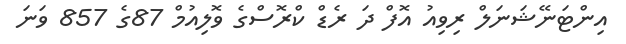
އިންޓަނޭޝަނަލް ރިވިއު އޮފް ދަ ރެޑް ކްރޮސްގެ ވޮލިއުމް 87ގެ 857 ވަނަ